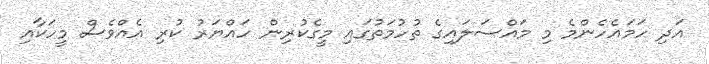
އަދި ހަމައެހެންމެ މި މައްސަލައިގެ ތުހުމަތުގައި މީގެކުރިން ހައްޔަރު ކުރި އެއްވެސް މީހަކާއި